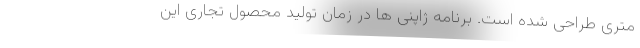
متری طراحی شده است. برنامه ژاپنی ها در زمان تولید محصول تجاری این